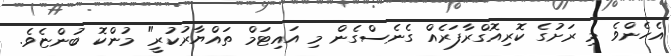
އެހެންވެ މި ރަށުގެ ކޮރިއޮގްރާފަރެއް ގެނެސްގެން މި އައިޓަމް ތައްޔާރުކުރީ" މުންކޮ ބުންޏެވެ.